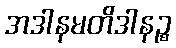
အဒါနမတိဒါနဉ္စ